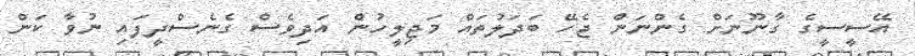
އޭސީސީގެ ގާނޫނަށް ގެންނަން ޖެހޭ ބަދަލުތައް މަޖިލީހުން އަދިވެސް ގެނެސްދީފައި ނުވާ ކަން